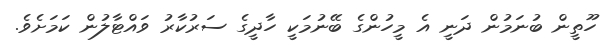
ހޫތީން ބުނަމުން ދަނީ އެ މީހުންގެ ބޭނުމަކީ ހާދީގެ ސަރުކާރު ވައްޓާލުން ކަމަށެވެ.